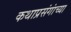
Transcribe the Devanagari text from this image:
कथाप्रसंगांच्या